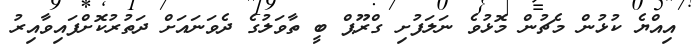
އިއްޔެ ކުޅުން މެޗުން މޮޅުވެ ނަލަފުށި ގްރޫޕް ބީ ތާވަލުގެ ދެވަނައަށް ދަތުރުކޮށްފައިވާއިރު